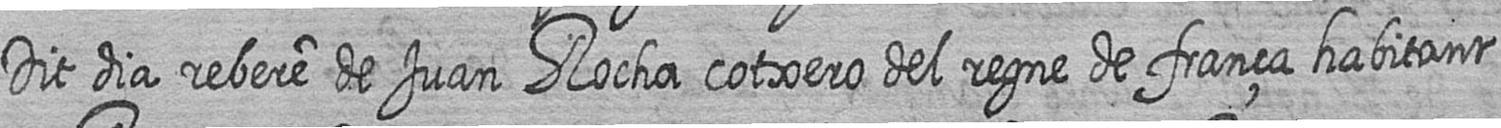
Dit dia rebere de Juan Rocha cotxero del regne de frança habitant